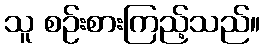
သူ စဉ်းစားကြည့်သည်။